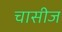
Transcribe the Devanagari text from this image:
चासीज